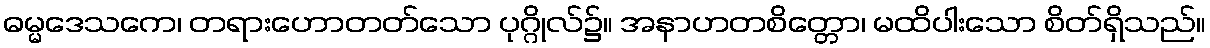
ဓမ္မဒေသကေ၊ တရားဟောတတ်သော ပုဂ္ဂိုလ်၌။ အနာဟတစိတ္တော၊ မထိပါးသော စိတ်ရှိသည်။